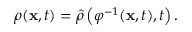
\rho ( \mathbf { x } , t ) = \hat { \rho } \left( \varphi ^ { - 1 } ( \mathbf { x } , t ) , t \right) .